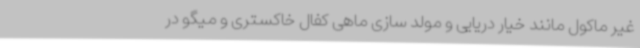
غیر ماکول مانند خیار دریایی و مولد سازی ماهی کفال خاکستری و میگو در